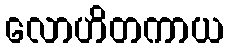
လောဟိတကာယ